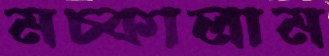
মচ্‌কালাম